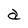
Character: a